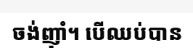
ចង់ញ៉ាំ។ បើឈប់បាន